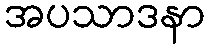
အပသာဒနာ